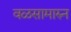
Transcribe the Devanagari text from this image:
वळसामारुन